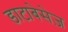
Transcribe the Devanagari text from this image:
डाटाबेसेज़